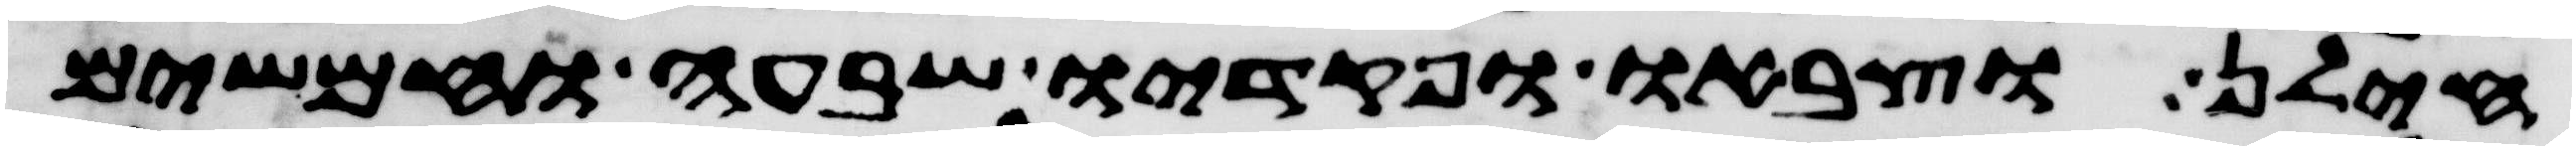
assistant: חילן וצבאו ופקדיו שבעה וחמשים